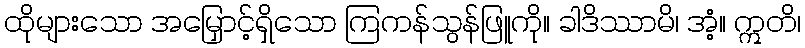
ထိုများသော အမြှောင့်ရှိသော ကြကန်သွန်ဖြူကို။ ခါဒိဿာမိ၊ အံ့။ ဣတိ၊